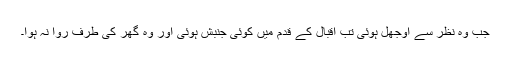
جب وہ نظر سے اُوجھل ہوئی تب اقبال کے قدم میں کوئی جنبش ہوئی اور وہ گھر کی طرف روا نہ ہوا۔